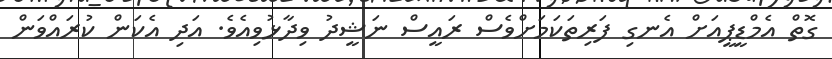
ގޮތް އެމްޑީޕީއަށް އެނގި ފަރިތަކަމަށްވެސް ރައީސް ނަޝީދު ވިދާޅުވިއެވެ. އަދި އެކަން ކުރައްވަން